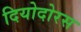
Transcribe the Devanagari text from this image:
दियोदोरस